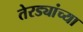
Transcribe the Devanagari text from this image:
तेरड्यांच्या